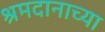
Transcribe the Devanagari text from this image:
श्रमदानाच्या